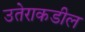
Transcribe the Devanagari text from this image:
उतेराकडील